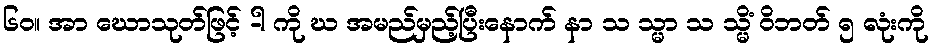
၆၀။ အာ ဃောသုတ်ဖြင့် -ါ ကို ဃ အမည်မှည့်ပြီးနောက် နာ သ သ္မာ သ သ္မိံ ဝိဘတ် ၅ လုံးကို